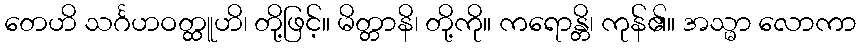
တေဟိ သင်္ဂဟဝတ္ထူဟိ၊ တို့ဖြင့်။ မိတ္တာနိ၊ တို့ကို။ ကရောန္တိ၊ ကုန်၏။ အသ္မာ လောကာ